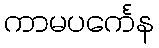
ကာမပင်္ကေန